Medical and sanitary report of the native army of Bengal for the year
Year: 1874
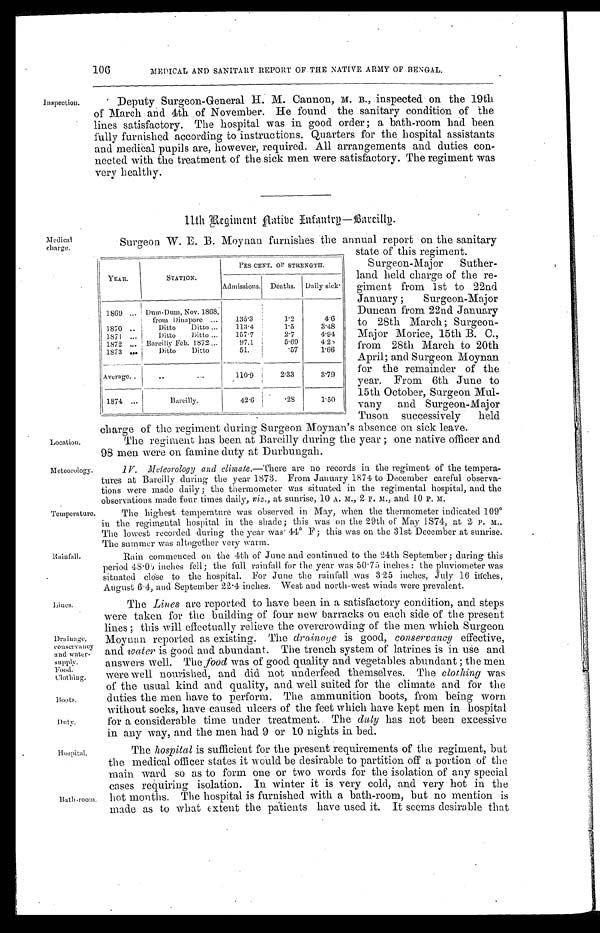
Location.
Meteorology.
Temperature.
Rainfall.
Lines.
Drainage,
conserva
ncy and water
-supply.
Food.
Clothing.
Boots.
Duty.
Hospital.
106
MEDICAL AND SANITARY REPORT OF THE NATIVE ARMY OF BENGAL.
Inspection.
Deputy Surgeon-General H. M. Cannon, B., inspected on the 19th
of March and 4th of November. He found the sanitary condition of the
lines satisfactory. The hospital was in good order; a bath-room had been
fully furnished according to instructions. Quarters for the hospital assistants
and medical pupils are, however, required. All arrangements and duties con-
-nected with the treatment of the sick men were satisfactory. The regiment was
very healthy.
Medical
charge.
Bath-room.
11th Regiment Aatibe Enfantry—Bareilly.
Surgeon W. E. B. Moynan furnishes the annual report on the sanitary
state of this regiment.
Surgeon-Major Suther
-land held charge of the re
-giment from 1st to 22nd
January ; Surgeon-Major
Duncan from 22nd January
to 28th March; Surgeon
-Major Morice, 15th B. C.,
from 28th March to 20th
April; and Surgeon Moynan
for the remainder of the
year. From 6th June to
15th October, Surgeon
Mul-vany and Surgeon-Major
Tuson successively held
charge of the regiment during Surgeon Moynan's absence on sick leave.
The regiment has been at Bareilly during the year ; one native officer and
98 men were on famine duty at Durbungah.
IV. Meteorology and climate .—There are no records in the regiment of the tempera
-tures at Bareilly during the year 1873. From January 1874 to December careful observa
-tions were made daily ; the thermometer was situated in the regimental hospital, and the
observations made four times daily, viz ., at sunrise, 10 A. M., 2 P. M., and 10 P. M.
The highest temperature was observed in May, when the thermometer indicated 109°i
n the regimental hospital in the shade; this was on the 29th of May 1874, at 2 P. M.
The lowest recorded during the year was 44° F; this was on the 31st December at sunrise.
The summer was altogether very warm.
Rain commenced on the 4th of June and continued to the 24th September ; during this
period 48.0<illegible> inches fell; the full rainfall for the year was 50.75 inches : the pluviometer was
situated close to the hospital. For June the rainfall was 3.25 inches, July 16 inches,
August 6.4, and September 22.4 inches. West and north-west winds were prevalent.
The Lines are reported to have been in a satisfactory condition, and steps
were taken for the building of four new barracks on each side of the present
lines this will effectually relieve the overcrowding of the men which Surgeon
Moynan reported as existing. The drainage is good, conservancy effective,
and water is good and abundant. The trench system of latrines is in use and
answers well. The food was of good quality and vegetables abundant ; the men
were well nourished, and did not underfeed themselves. The clothing was
of the usual kind and quality, and well suited for the climate and for the
duties the men have to perform. The ammunition boots, from being worn
without socks, have caused ulcers of the feet which have kept men in hospital
for a considerable time under treatment. The duty has not been excessive
in any wave and the men had 9 or 10 nights in bed.
The hospital is sufficient for the present requirements of the regiment, but
the medical officer states it would be desirable to partition off a portion of the
main ward so as to form one or two words for the isolation of any special
cases requiring isolation. In winter it is very cold, and very hot in the
hot months. The hospital is furnished with a bath-room, but no mention is
made as to what extent the patients have used it. It seems desirable that
YEAR.
STATION.
PER CENT. OF STRENGTH.
Admissions.
Deaths.
Daily sick
1869 . . .
Dum-Dum, Nov. 1868,
from Dinapore . . .
135.3
1.2
4.6
1870 . . .
Ditto Ditto . . .
113.4
1.5
3.48
1871 . . .
Ditto Ditto . . .
157.7
2.7
4.94
1872 . . .
Bareilly Feb. 1872 . . .
97.1
5.69
4.28
1873 . . .
Ditto Ditto
51.
.57
1.66
Average . . .
. . .
110.9
2.33
3.79
1874 . . .
Bareilly.
42.6
.28
1.50